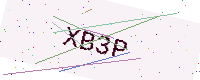
Text: XB3P